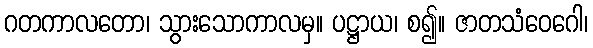
ဂတကာလတော၊ သွားသောကာလမှ။ ပဋ္ဌာယ၊ စ၍။ ဇာတသံဝေဂေါ၊